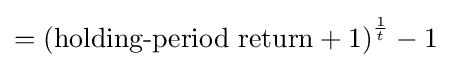
=\left({\text{holding-period return}}+1\right)^{\frac {1}{t}}-1